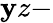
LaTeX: \mathbf{y}z-